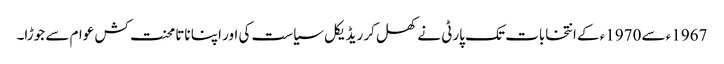
1967ء سے 1970ء کے انتخابات تک پارٹی نے کھل کر ریڈیکل سیاست کی اور اپنا ناتا محنت کش عوام سے جوڑا۔